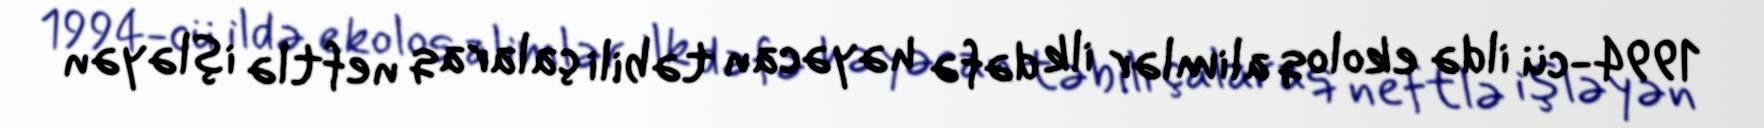
1994-cü ildə ekoloq alimlər ilk dəfə həyəcan təbili çalaraq neftlə işləyən